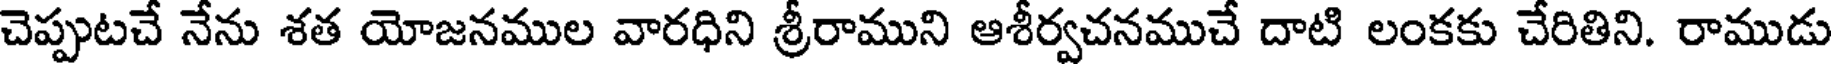
చెప్పుటచే నేను శత యోజనముల వారధిని శ్రీరాముని ఆశీర్వచనముచే దాటి లంకకు చేరితిని. రాముడు